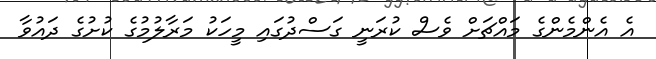
އެ އެންމެންގެ މައްޗަށް ވެސް ކުރަނީ ގަސްދުގައި މީހަކު މަރާލުމުގެ ކުށުގެ ދައުވާ